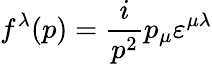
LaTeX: f^{\lambda}(p)=\frac{i}{p^{2}}p_{\mu}\varepsilon^{\mu\lambda}